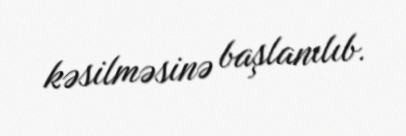
kəsilməsinə başlanılıb.